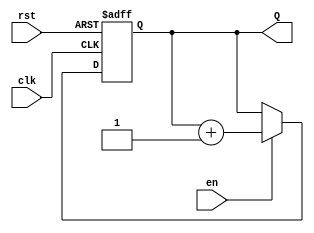
module binary_counter #(
    parameter N = 4  // Number of bits for the counter
)(
    input wire clk,   // Clock input
    input wire rst,   // Asynchronous reset input
    input wire en,    // Enable input
    output reg [N-1:0] Q  // Counter output
);

// Always block triggered on the rising edge of the clock or when reset is asserted
always @(posedge clk or posedge rst) begin
    if (rst) begin
        // Asynchronous reset: set counter to 0
        Q <= 0;
    end else if (en) begin
        // Increment the counter if enabled
        Q <= Q + 1;
    end
    // If not enabled, retain the current value of Q
end

endmodule